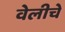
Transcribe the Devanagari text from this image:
वेलीचे